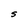
Character: S